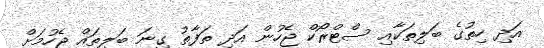
އަދި ހިތުގެ ބަލިތަކާއި ސްޓްރޯކް ޖެހުން އަދި ތަފާތު ގިނަ ބަލިތައް ޖެހުމަށް